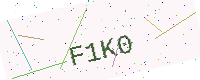
Text: F1K0